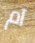
آم